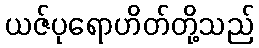
ယဇ်ပုရောဟိတ်တို့သည်